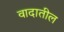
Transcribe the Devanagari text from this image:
वादातील